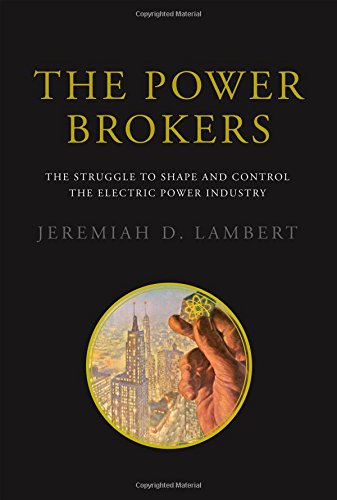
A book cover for The Power Brokers: The Struggle to Shape and Control the Electric Power Industry; Jeremiah D. Lambert; Engineering & Transportation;